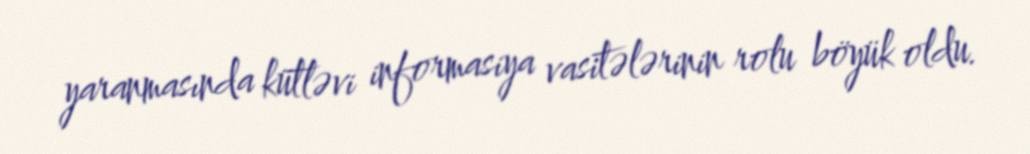
yaranmasında kütləvi informasiya vasitələrinin rolu böyük oldu.